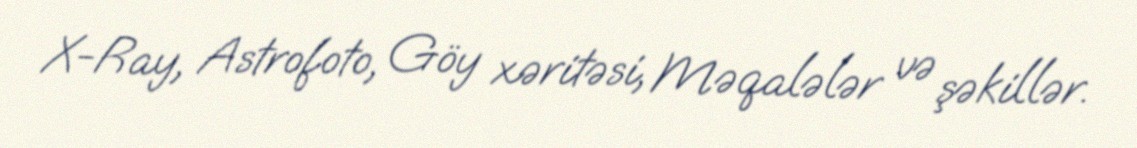
X-Ray, Astrofoto, Göy xəritəsi, Məqalələr və şəkillər.